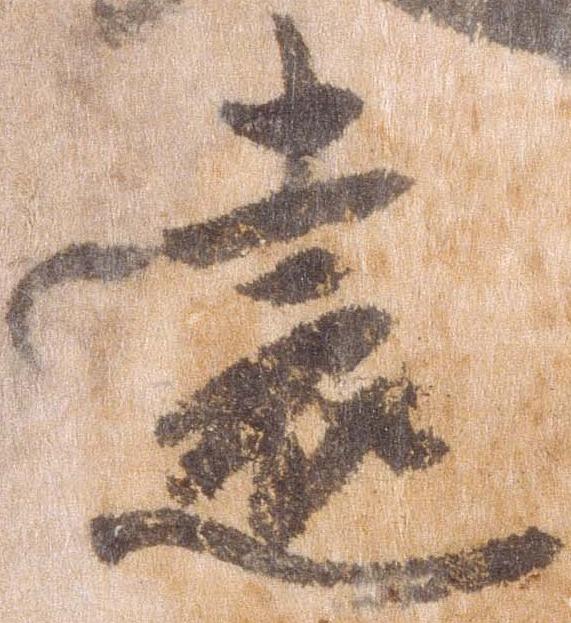
遠